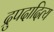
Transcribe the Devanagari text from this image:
द्रुपदादित्य